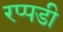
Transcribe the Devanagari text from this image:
रप्पडी